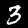
Digit: 3